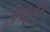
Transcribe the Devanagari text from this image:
इष्टी